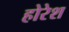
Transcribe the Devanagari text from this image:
होरेश